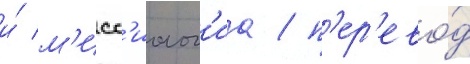
и́ м'исс'иолог'иа / п'ер'ево́д